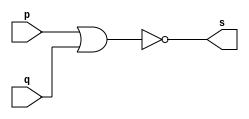
//-----
//Exercicio 02
//Andre Campolina
//381217
//-----

//-----
//porta nor
//-----

module norgate (output s, input p, input q);
	assign s=(~(p|q));
endmodule //norgate

//----
//tabela verdade
//----

module testnor;
	reg a, b;
	wire s;
	
	norgate NOR1(s, a, b);
	
	initial begin:start
		a=0; b=0;
	end
	
	initial begin
		$display("Exercicio02 - Andre Campolina - 381217");
		$display("Tabela Verdade porta NOR");
		$display("\na b\ts\n");
		$monitor("%b %b\t%b",a,b,s);
		#1 b=1;
		#1 a=1; b=0;
		#1 b=1;
	end
endmodule //testnor